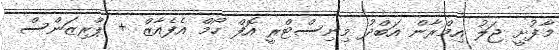
މާފުށީ ޖަލު އިމްރާން އަބްދު މިނިސްޓްރީ އޮފް ހޯމް އެފެއާޒް + ޕްރިޒަންސް